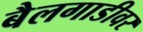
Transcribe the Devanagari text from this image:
बैलगाडीवर